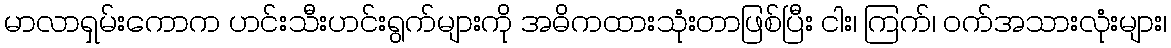
မာလာရှမ်းကောက ဟင်းသီးဟင်းရွက်များကို အဓိကထားသုံးတာဖြစ်ပြီး ငါး၊ ကြက်၊ ဝက်အသားလုံးများ၊